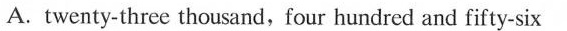
A. twenty-three thousand,four hundred and fifty-six